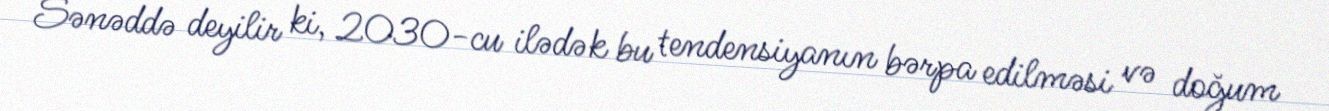
Sənəddə deyilir ki, 2030-cu ilədək bu tendensiyanın bərpa edilməsi və doğum